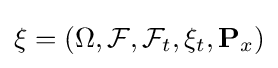
\xi =(\Omega ,{\mathcal {F}},{\mathcal {F}}_{t},\xi _{t},{\textbf {P}}_{x})